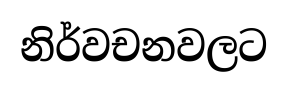
නිර්වචනවලට